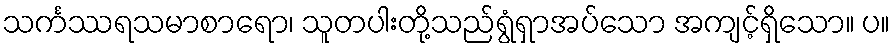
သင်္ကဿရသမာစာရော၊ သူတပါးတို့သည်ရွံရှာအပ်သော အကျင့်ရှိသော။ ပ။